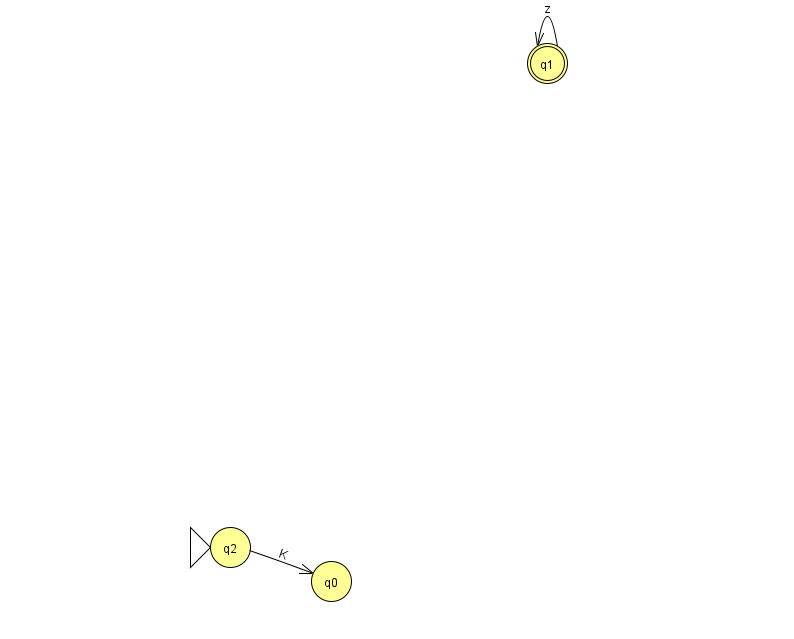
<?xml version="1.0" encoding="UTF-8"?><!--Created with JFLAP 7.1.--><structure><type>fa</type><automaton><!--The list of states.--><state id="0" name="q0"><x>331.0</x><y>568.0</y></state><state id="1" name="q1"><x>547.0</x><y>50.0</y><final/></state><state id="2" name="q2"><x>230.0</x><y>534.0</y><initial/></state><!--The list of transitions.--><transition><from>2</from><to>0</to><read>K</read></transition><transition><from>1</from><to>1</to><read>z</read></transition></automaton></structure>